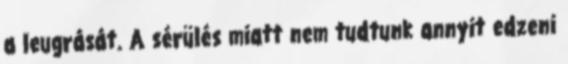
a leugrását. A sérülés miatt nem tudtunk annyit edzeni